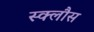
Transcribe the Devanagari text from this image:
स्क्लौस